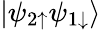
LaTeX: \left|\psi_{2\uparrow}\psi_{1\downarrow}\right>